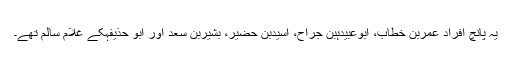
یہ پانچ افراد عمربن خطاب، ابوعبیدہبن جراح، اسیدبن حضیر، بشیربن سعد اور ابو حذیفہکے غلام سالم تھے۔